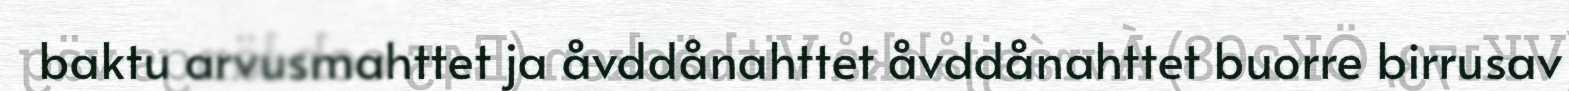
baktu arvusmahttet ja åvddånahttet åvddånahttet buorre birrusav